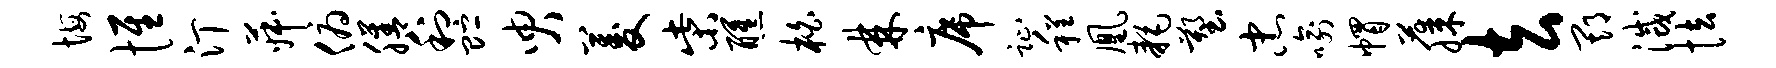
悔惟汀菽俯膳利贮臾菱柴醺柏棘席趾程凰耗塑忠喻帽藤去期灭怯